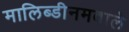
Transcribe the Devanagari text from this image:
मालिब्डीनमवाले